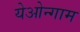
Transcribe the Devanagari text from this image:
येओन्गाम